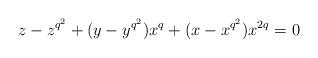
LaTeX: \begin{align*}z-z^{q^2}+(y-y^{q^2})x^q+(x-x^{q^2})x^{2q}=0\end{align*}